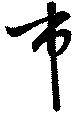
市